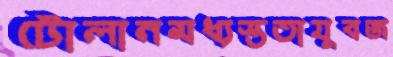
টোলানমধ্যস্ততাযুবজ